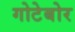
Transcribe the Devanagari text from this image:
गोटेबोर